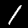
Label: 1